Annual vaccination report of Bihar and Orissa - 1911-1928
Year: 1911
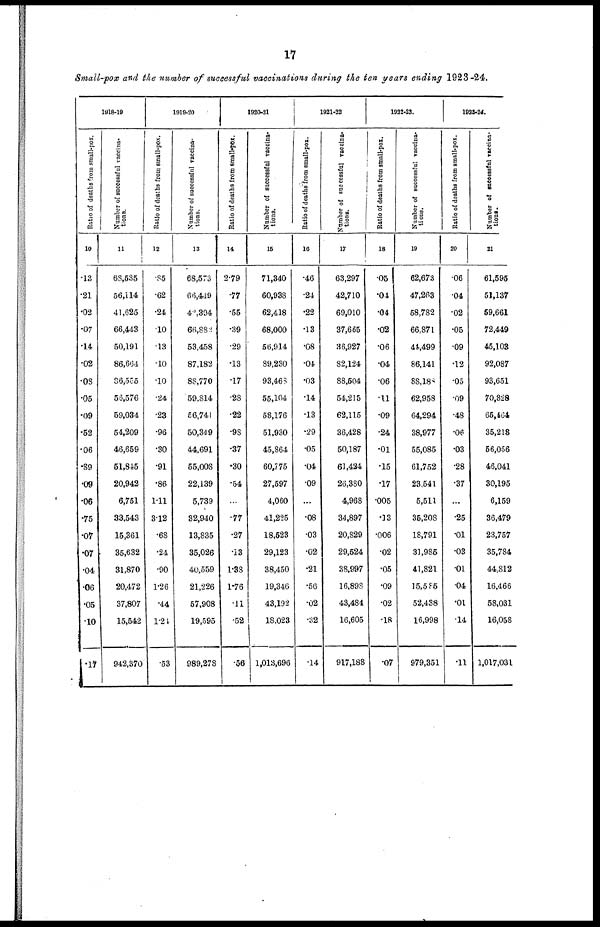
17
Small-pox and the number of successful vaccinations during the ten years ending 1923-24.
1918-19
Ratio of deaths from small-pox.
10
.13
.21
.02
.07
.14
.02
.08
.05
.09
.52
.06
.89
.09
.06
.75
.07
.07
.04
.06
.05
10
.17
Number of successful vaccina-
tions.
11
63,535
56,114
41,625
66,443
50,191
86,664
86,555
56,576
59,034
54,209
46,659
51,845
20,942
6,751
33,543
15,361
35,632
31,870
20,472
37,807
15,542
942,370
1918-20
Ratio of deaths from small-pox.
12
.85
.62
.24
.10
.13
.10
.10
.24
.23
.96
.30
.91
.86
1.11
3.12
.68
.24
.90
1.26
.44
1.24
.53
Number of successful vaccina-
tions.
13
68,573
66,449
42,394
66,882
53,458
87,182
88,770
59,814
56,741
50,349
44,691
55,008
22,139
5,739
32,940
13,835
35,026
40,559
21,226
57,908
19,595
989,278
1920-21
Ratio of deaths from small-pox.
14
2.79
.77
.55
.39
.29
.13
.17
.28
.22
.98
.37
.30
.54
...
.77
.27
.13
1.38
1.76
.11
.52
.56
Number of successful vaccina-
tions.
15
71,340
60,938
62,418
68,000
56,914
89,230
93,468
55,104
58,176
51,930
45,864
60,775
27,597
4,060
41,225
18,523
29,123
38,450
19,346
43,192
18,023
1,013,696
1921-22
Ratio of deaths from small-pox.
16
.46
.24
.22
.13
.08
.04
.03
.14
.13
.29
.05
.04
.09
...
.08
.03
.02
.21
.56
.02
.32
.14
Number of successful vaccina-
tions.
17
63,297
42,710
69,010
37,665
36,927
82,124
88,504
54,215
62,115
36,428
50,187
61,424
26,380
4,968
34,897
20,829
29,524
38,997
16,898
43,484
16,605
917,188
1922-23.
Ratio of deaths from small-pox.
18
.05
.04
.04
.02
.06
.04
.06
.11
.09
.24
.01
.15
.17
.005
.13
.006
.02
.05
.09
.02
.18
.07
Number of successful vaccina-
tions.
19
62,673
47,263
58,782
66,871
44,499
86,141
88,188
62,958
64,294
38,977
55,085
61,752
23,541
5,511
35,208
18,791
31,985
41,821
15,585
52,438
16,998
979,351
1923-24.
Ratio of deaths from small-pox.
20
.06
.04
.02
.05
.09
.12
.05
.09
.48
.06
.03
.28
.37
...
.25
.01
.03
.01
04
.01
.14
.11
Number of successful vaccina-
tions .
21
61,595
51,137
59,661
72,449
45,103
92,087
93,651
70,828
65,464
35,218
56,056
46,041
30,195
6,159
36,479
23,757
35,784
44,812
16,466
58,031
16,058
1,017,031